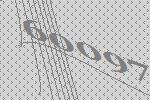
60097